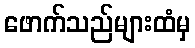
ဖောက်သည်များထံမှ